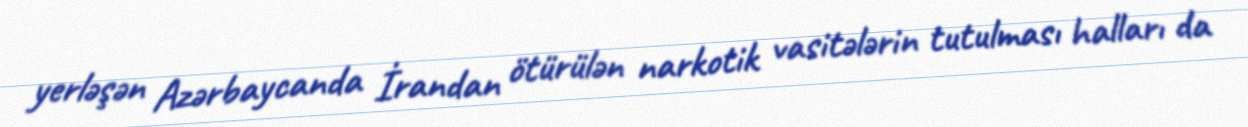
yerləşən Azərbaycanda İrandan ötürülən narkotik vasitələrin tutulması halları da